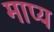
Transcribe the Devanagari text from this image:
माप्य